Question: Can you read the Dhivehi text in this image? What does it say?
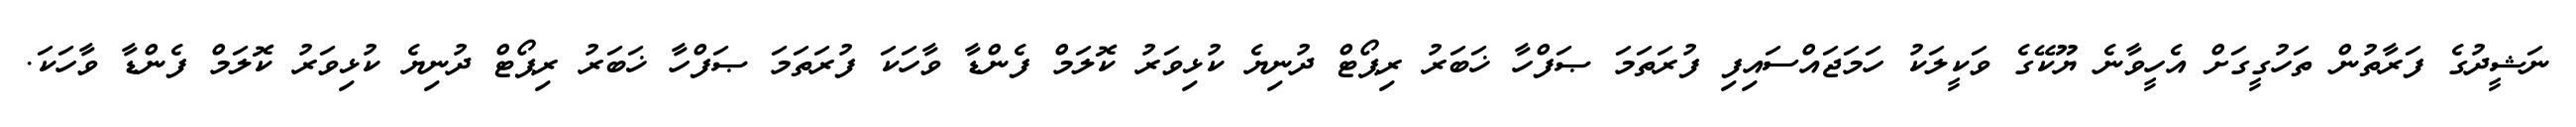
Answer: ނަޝީދުގެ ފަރާތުން ތަހުގީގަށް އެހީވާނެ ޔޫކޭގެ ވަކީލަކު ހަމަޖައްސައިފި ފުރަތަމަ ޞަފްހާ ޚަބަރު ރިޕޯޓް ދުނިޔެ ކުޅިވަރު ކޮލަމް ފެންޑާ ވާހަކަ ފުރަތަމަ ޞަފްހާ ޚަބަރު ރިޕޯޓް ދުނިޔެ ކުޅިވަރު ކޮލަމް ފެންޑާ ވާހަކަ.